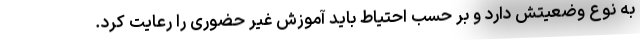
به نوع وضعیتش دارد و بر حسب احتیاط باید آموزش غیر حضوری را رعایت کرد.